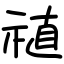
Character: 禃